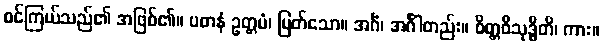
စင်ကြယ်သည်၏ အဖြစ်၏။ ပဓာနံ ဥတ္တမံ၊ မြတ်သော။ အင်္ဂံ၊ အင်္ဂါတည်း။ စိတ္တဝိသုဒ္ဓီတိ၊ ကား။